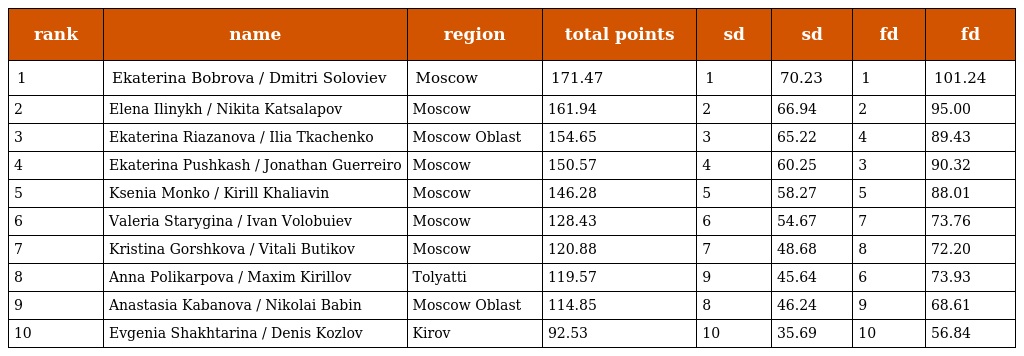
| rank | name | region | total points | sd | sd | fd | fd |
 | --- | --- | --- | --- | --- | --- | --- | --- |
 | 1 | Ekaterina Bobrova / Dmitri Soloviev | Moscow | 171.47 | 1 | 70.23 | 1 | 101.24 |
 | 2 | Elena Ilinykh / Nikita Katsalapov | Moscow | 161.94 | 2 | 66.94 | 2 | 95.00 |
 | 3 | Ekaterina Riazanova / Ilia Tkachenko | Moscow Oblast | 154.65 | 3 | 65.22 | 4 | 89.43 |
 | 4 | Ekaterina Pushkash / Jonathan Guerreiro | Moscow | 150.57 | 4 | 60.25 | 3 | 90.32 |
 | 5 | Ksenia Monko / Kirill Khaliavin | Moscow | 146.28 | 5 | 58.27 | 5 | 88.01 |
 | 6 | Valeria Starygina / Ivan Volobuiev | Moscow | 128.43 | 6 | 54.67 | 7 | 73.76 |
 | 7 | Kristina Gorshkova / Vitali Butikov | Moscow | 120.88 | 7 | 48.68 | 8 | 72.20 |
 | 8 | Anna Polikarpova / Maxim Kirillov | Tolyatti | 119.57 | 9 | 45.64 | 6 | 73.93 |
 | 9 | Anastasia Kabanova / Nikolai Babin | Moscow Oblast | 114.85 | 8 | 46.24 | 9 | 68.61 |
 | 10 | Evgenia Shakhtarina / Denis Kozlov | Kirov | 92.53 | 10 | 35.69 | 10 | 56.84 |